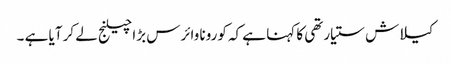
کیلاش ستیارتھی کا کہنا ہے کہ کورونا وائرس بڑا چیلنج لے کر آیا ہے ۔